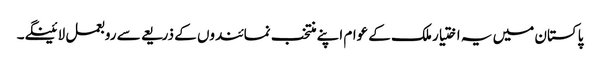
پاکستان میں یہ اختیار ملک کے عوام اپنے منتخب نمائندوں کے ذریعے سے روبعمل لائینگے۔